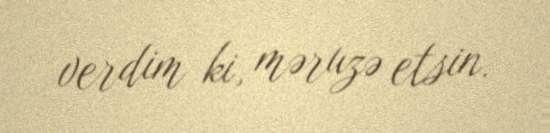
verdim ki, məruzə etsin.